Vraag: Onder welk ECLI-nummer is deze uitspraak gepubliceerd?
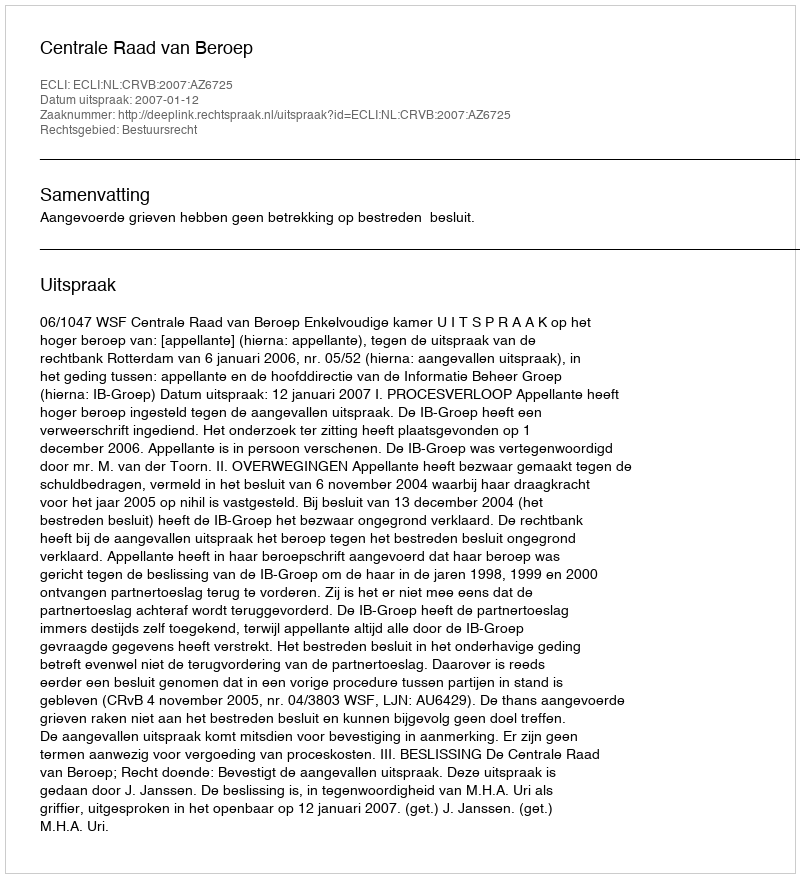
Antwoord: ECLI:NL:CRVB:2007:AZ6725